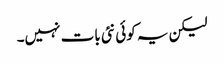
لیکن یہ کوئی نئی بات نہیں۔